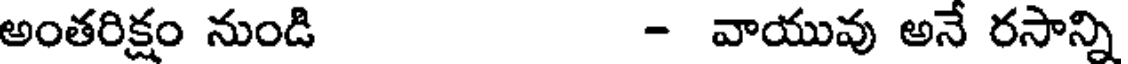
అంతరిక్షం నుండి - వాయువు అనే రసాన్ని